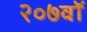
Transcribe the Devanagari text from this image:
२०७वॉ